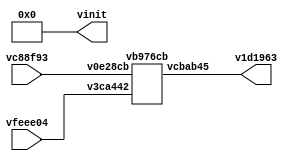
// Code generated by Icestudio 0.3.0
// Mon, 28 Aug 2017 14:25:06 GMT

`default_nettype none

module main (
 input vc88f93,
 input vfeee04,
 output v1d1963,
 output [0:4] vinit
);
 wire w0;
 wire w1;
 wire w2;
 assign w0 = vc88f93;
 assign w1 = vfeee04;
 assign v1d1963 = w2;
 vb976cb v1aa297 (
  .v0e28cb(w0),
  .v3ca442(w1),
  .vcbab45(w2)
 );
 assign vinit = 5'b00000;
endmodule

module vb976cb (
 input v0e28cb,
 input v3ca442,
 output vcbab45
);
 wire w0;
 wire w1;
 wire w2;
 assign w0 = v0e28cb;
 assign w1 = v3ca442;
 assign vcbab45 = w2;
 vb976cb_vf4938a vf4938a (
  .a(w0),
  .b(w1),
  .c(w2)
 );
endmodule

module vb976cb_vf4938a (
 input a,
 input b,
 output c
);
 // NAND logic gate
 
 assign c = ~(a & b);
endmodule